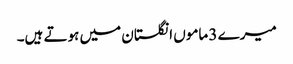
میرے 3 ماموں انگلستان میں ہوتے ہیں۔